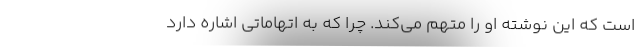
است که این نوشته او را متهم می‌کند. چرا که به اتهاماتی اشاره دارد